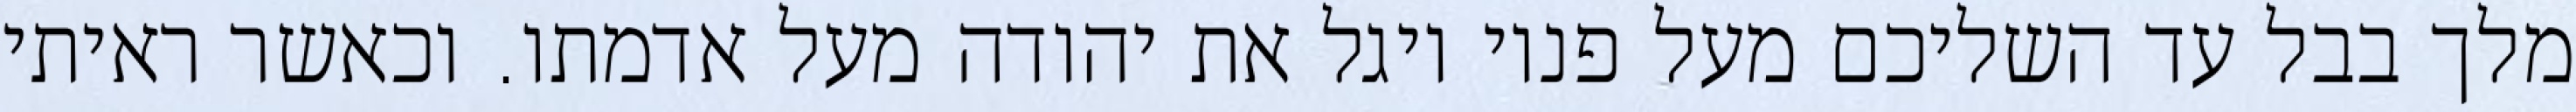
מלך בבל עד השליכם מעל פניו ויגל את יהודה מעל אדמתו. וכאשר ראיתי